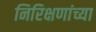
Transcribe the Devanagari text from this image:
निरिक्षणांच्या